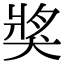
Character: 𤟒